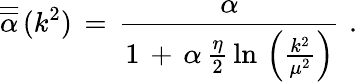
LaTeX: \overline{{{\overline{{{\alpha}}}}}}\, (k^{2})\, =\, \frac{\alpha}{1\, +\, \alpha\, \frac{\eta}{2}\, \ln\, \left(\frac{k^{2}}{\mu^{2}}\right)}\, \, .